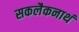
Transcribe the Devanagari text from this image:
सकलैकनाथं